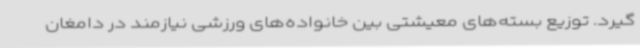
گیرد. توزیع بسته‌های معیشتی بین خانواده‌های ورزشی نیازمند در دامغان